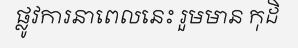
ផ្លូវការនាពេលនេះ រួមមាន កុដិ